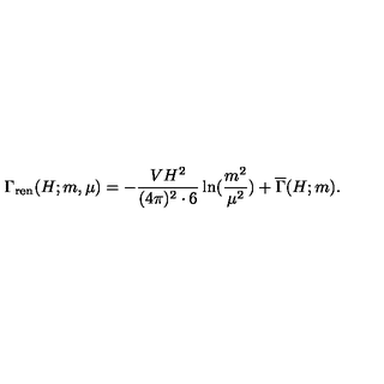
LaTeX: \Gamma _ { \mathrm { r e n } } ( H ; m , \mu ) = - { \frac { V H ^ { 2 } } { ( 4 \pi ) ^ { 2 } \cdot 6 } } \ln ( { \frac { m ^ { 2 } } { \mu ^ { 2 } } } ) + \overline { { \Gamma } } ( H ; m ) .